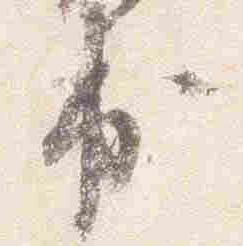
出